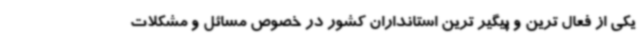
یکی از فعال ترین و پیگیر ترین استانداران کشور در خصوص مسائل و مشکلات